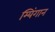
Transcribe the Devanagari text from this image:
म्यिंगान